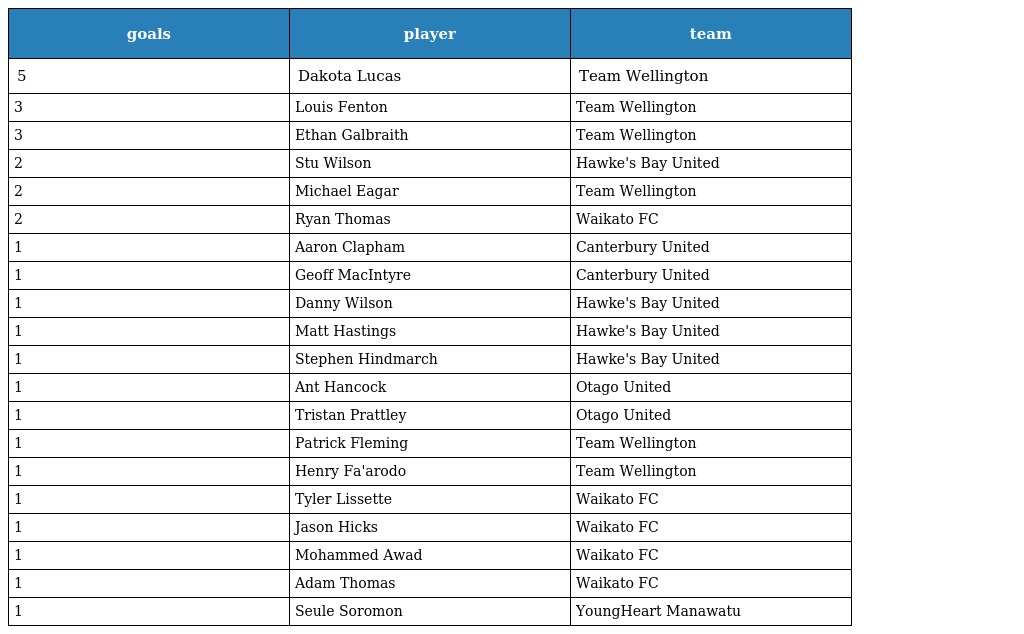
| goals | player | team |
 | --- | --- | --- |
 | 5 | Dakota Lucas | Team Wellington |
 | 3 | Louis Fenton | Team Wellington |
 | 3 | Ethan Galbraith | Team Wellington |
 | 2 | Stu Wilson | Hawke's Bay United |
 | 2 | Michael Eagar | Team Wellington |
 | 2 | Ryan Thomas | Waikato FC |
 | 1 | Aaron Clapham | Canterbury United |
 | 1 | Geoff MacIntyre | Canterbury United |
 | 1 | Danny Wilson | Hawke's Bay United |
 | 1 | Matt Hastings | Hawke's Bay United |
 | 1 | Stephen Hindmarch | Hawke's Bay United |
 | 1 | Ant Hancock | Otago United |
 | 1 | Tristan Prattley | Otago United |
 | 1 | Patrick Fleming | Team Wellington |
 | 1 | Henry Fa'arodo | Team Wellington |
 | 1 | Tyler Lissette | Waikato FC |
 | 1 | Jason Hicks | Waikato FC |
 | 1 | Mohammed Awad | Waikato FC |
 | 1 | Adam Thomas | Waikato FC |
 | 1 | Seule Soromon | YoungHeart Manawatu |